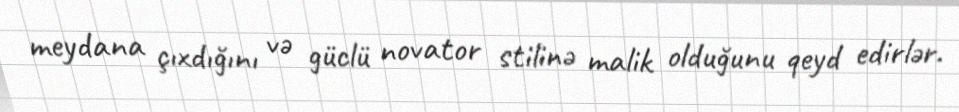
meydana çıxdığını və güclü novator stilinə malik olduğunu qeyd edirlər.